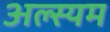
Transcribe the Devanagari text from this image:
अल्स्यम